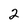
Character: 2